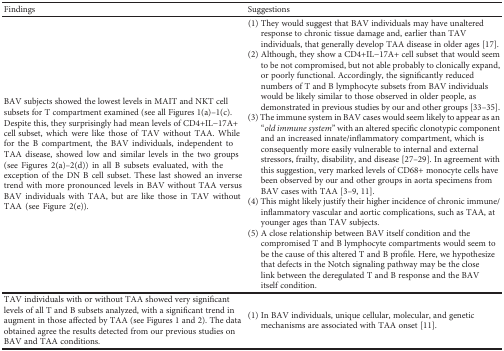
<table><thead><tr><td><b>Findings</b></td><td><b>Suggestions</b></td></tr></thead><tbody><tr><td>BAV subjects showed the lowest levels in MAIT and NKT cell subsets for T compartment examined (see all Figures 1(a)–1(c). Despite this, they surprisingly had mean levels of CD4+IL−17A+ cell subset, which were like those of TAV without TAA. While for the B compartment, the BAV individuals, independent to TAA disease, showed low and similar levels in the two groups (see Figures 2(a)–2(d)) in all B subsets evaluated, with the exception of the DN B cell subset. These last showed an inverse trend with more pronounced levels in BAV without TAA versus BAV individuals with TAA, but are like those in TAV without TAA (see Figure 2(e)).</td><td>(1) They would suggest that BAV individuals may have unaltered response to chronic tissue damage and, earlier than TAV individuals, that generally develop TAA disease in older ages [17].(2) Although, they show a CD4+IL−17A+ cell subset that would seem to be not compromised, but not able probably to clonically expand, or poorly functional. Accordingly, the significantly reduced numbers of T and B lymphocyte subsets from BAV individuals would be likely similar to those observed in older people, as demonstrated in previous studies by our and other groups [33–35].(3) The immune system in BAV cases would seem likely to appear as an “<i>old immune system</i>” with an altered specific clonotypic component and an increased innate/inflammatory compartment, which is consequently more easily vulnerable to internal and external stressors, frailty, disability, and disease [27–29]. In agreement with this suggestion, very marked levels of CD68+ monocyte cells have been observed by our and other groups in aorta specimens from BAV cases with TAA [3–9, 11].(4) This might likely justify their higher incidence of chronic immune/inflammatory vascular and aortic complications, such as TAA, at younger ages than TAV subjects.(5) A close relationship between BAV itself condition and the compromised T and B lymphocyte compartments would seem to be the cause of this altered T and B profile. Here, we hypothesize that defects in the Notch signaling pathway may be the close link between the deregulated T and B response and the BAV itself condition.</td></tr><tr><td>TAV individuals with or without TAA showed very significant levels of all T and B subsets analyzed, with a significant trend in augment in those affected by TAA (see Figures 1 and 2). The data obtained agree the results detected from our previous studies on BAV and TAA conditions.</td><td>(1) In BAV individuals, unique cellular, molecular, and genetic mechanisms are associated with TAA onset [11].</td></tr></tbody></table>